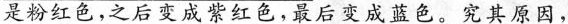
是粉红色，之后变成紫红色，最后变成蓝色。究其原因，